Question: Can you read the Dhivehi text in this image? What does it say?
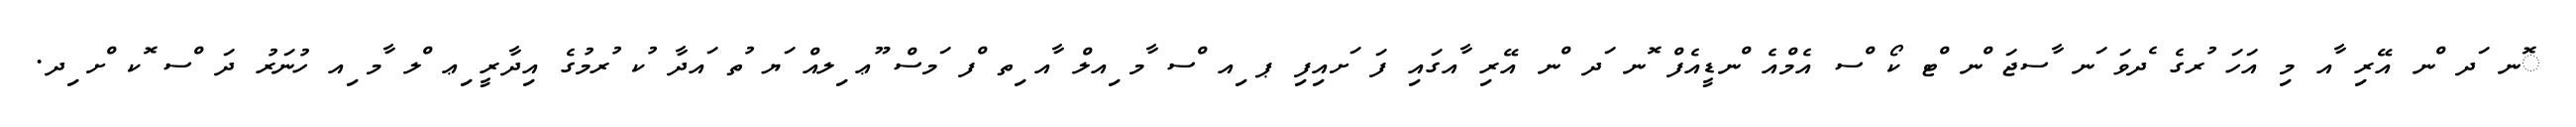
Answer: ޮނ ަދ ްނ އޭރި ާއ މި އަހަ ުރގެ ެދވަ ަނ ާސޖަ ްނ ްޓ ކޯ ްސ އެމްއެ ްނޑީއެފް ޮނ ަދ ްނ އޭރި ާއގައި ފަ ަށއިފި ޕ ިއ ްސ ާމ ިއލް ާއ ިތ ްފ ަމސް ޫޢ ިލއް ަޔ ުތ ައދާ ުކ ުރމުގެ އިދާރީ ިޢ ްލ ާމ ިއ ހުނަރު ދަ ްސ ޮކ ްށ ިދ.